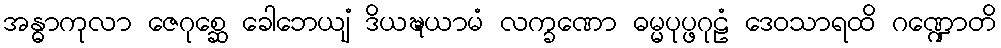
အန္ဓာကုလာ ဇေဂုစ္ဆေ ခေါဘေယျံ ဒိယဍ္ဎယာမံ လက္ခဏော ဓမ္မပုပ္ဖဂုဠံ ဒေဝသာရထိ ဂဏ္ဍောတိ